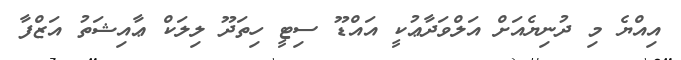
އިއްޔެ މި ދުނިޔެއަށް އަލްވަދާޢުކީ އައްޑޫ ސިޓީ ހިތަދޫ ލިލަކް ޢާއިޝަތު އަޒްފާ